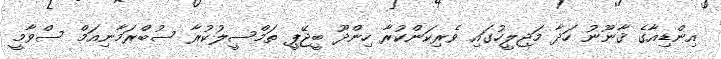
އިންޑިއާގެ ޤާނޫނު ހަދާ މަޖިލީހުގައި ވެރިކަންކުރާ ހިންދޫ ބީޖޭޕީ ތަމްސީލުކުރާ ސުބްރަމާނިއަމް ސްވާމީ